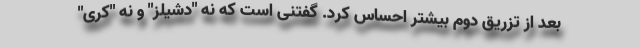
بعد از تزریق دوم بیشتر احساس کرد. گفتنی است که نه "دشیلز" و نه "کری"